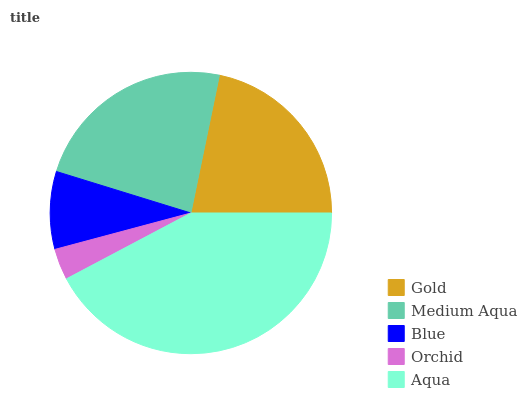
| Gold | Medium Aqua | Blue | Orchid | Aqua |
 | --- | --- | --- | --- | --- |
 | 21.8% | 23.5% | 8.9% | 3.57% | 42.3% |